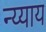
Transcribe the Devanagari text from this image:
न्य्याय